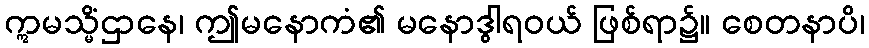
ဣမသ္မိံဌာနေ၊ ဤမနောကံ၏ မနောဒွါရဝယ် ဖြစ်ရာ၌။ စေတနာပိ၊